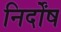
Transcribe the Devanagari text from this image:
निर्दोंष